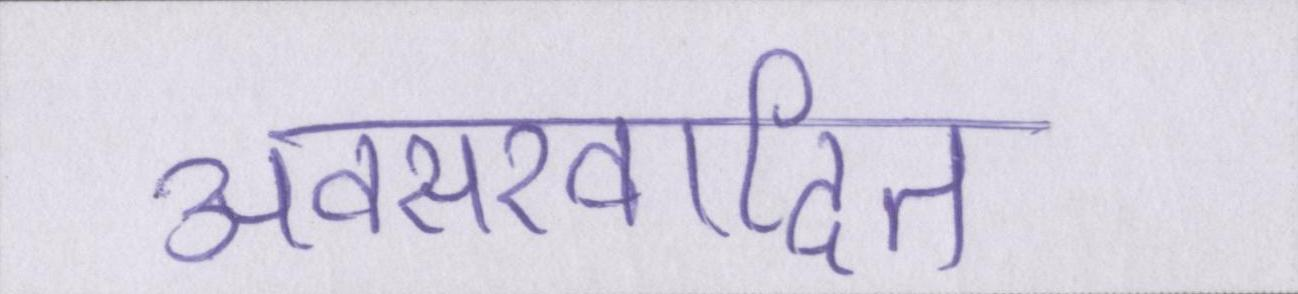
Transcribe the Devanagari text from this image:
अवसरवादित